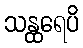
သန္ထရေပိ